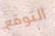
التوقع